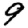
Digit: 9